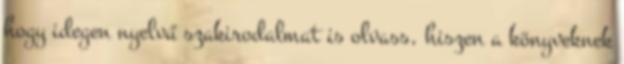
hogy idegen nyelvű szakirodalmat is olvass, hiszen a könyveknek